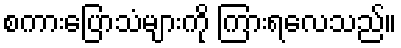
စကားပြောသံများကို ကြားရလေသည်။